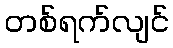
တစ်ရက်လျင်